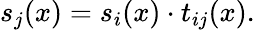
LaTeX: s_{j}(x)=s_{i}(x)\cdot t_{ij}(x).